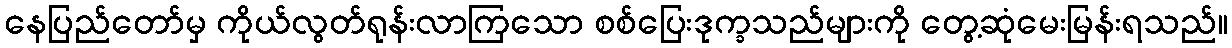
နေပြည်တော်မှ ကိုယ်လွတ်ရုန်းလာကြသော စစ်ပြေးဒုက္ခသည်များကို တွေ့ဆုံမေးမြန်းရသည်။